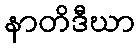
နာတိဒီဃာ